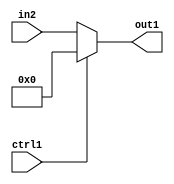
`timescale 1ps / 1ps
/*****************************************************************************
    Verilog RTL Description
    
    
    Created by: Stratus DpOpt 2019.1.01 
*******************************************************************************/

module GaussFilter_N_Mux_29_2_0_4 (
	in2,
	ctrl1,
	out1
	); /* architecture "behavioural" */ 
input [28:0] in2;
input  ctrl1;
output [28:0] out1;
wire [28:0] asc001;

reg [28:0] asc001_tmp_0;
assign asc001 = asc001_tmp_0;
always @ (ctrl1 or in2) begin
	case (ctrl1)
		1'B1 : asc001_tmp_0 = 29'B00000000000000000000000000000 ;
		default : asc001_tmp_0 = in2 ;
	endcase
end

assign out1 = asc001;
endmodule

/* CADENCE  uLX5Sg4= : u9/ySgnWtBlWxVPRXgAZ4Og= ** DO NOT EDIT THIS LINE ******/